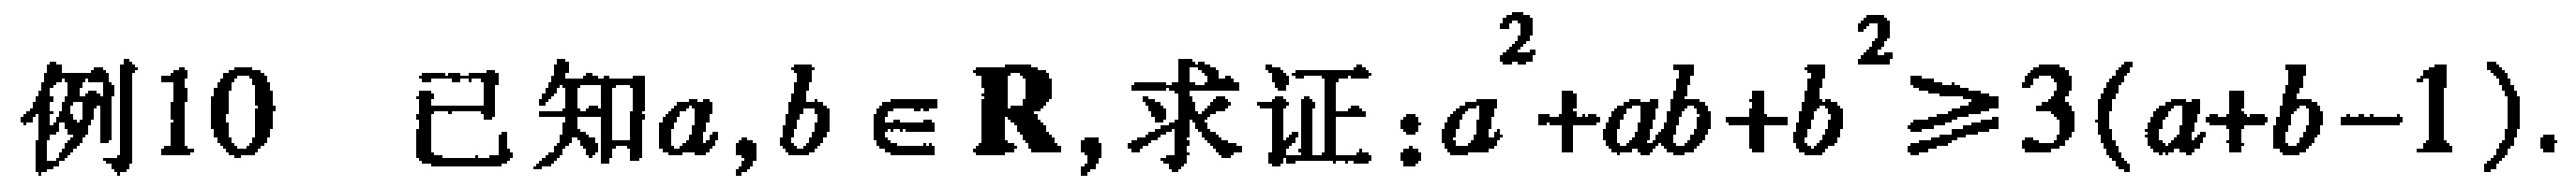
例10 已知\(a,b\in \mathbf{R}\),求证:\(a^{2}+ab + b^{2}\geqslant 3(a + b - 1)\).